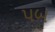
પબ